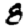
Digit: 8